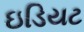
ઇડિયટ